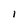
Character: 1